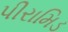
પીરામિડ